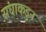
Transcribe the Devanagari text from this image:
संघाकडुन